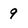
Character: 9